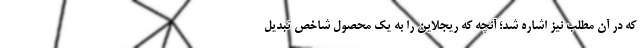
که در آن مطلب نیز اشاره شد؛ آنچه که ریجلاین را به یک محصول شاخص تبدیل